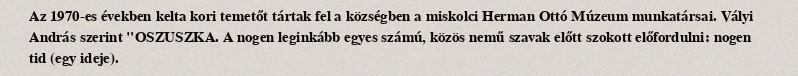
Az 1970-es években kelta kori temetőt tártak fel a községben a miskolci Herman Ottó Múzeum munkatársai. Vályi András szerint "OSZUSZKA. A nogen leginkább egyes számú, közös nemű szavak előtt szokott előfordulni: nogen tid (egy ideje).